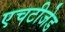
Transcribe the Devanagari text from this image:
एचटीजेड